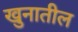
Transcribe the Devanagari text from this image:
खुनातील